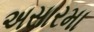
અસારમા